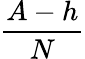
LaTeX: \frac{A-h}{N}